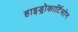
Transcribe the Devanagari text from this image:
हाइड्रोकार्टिसोन